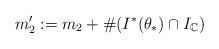
LaTeX: \begin{align*}{}m'_2 := m_2 + \# (I^*(\theta_*) \cap I_{\mathbb{C}})\end{align*}